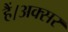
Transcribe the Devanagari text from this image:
हैं।अक्सर